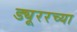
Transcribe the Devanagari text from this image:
ड्यूररच्या